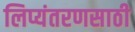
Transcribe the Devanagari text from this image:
लिप्यंतरणसाठी